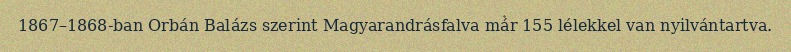
1867–1868-ban Orbán Balázs szerint Magyarandrásfalva már 155 lélekkel van nyilvántartva.